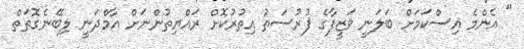
" އެންމެ އިސްކަމަށް ބަލަނީ ވަޒީފާގެ ފުރުސަތު އިތުރުކޮށް ރައްޔިތުންނަށް އާމްދަނީ ލިބޭނެގޮތަތް